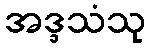
အဒ္ဒသံသု